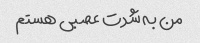
من به شدت عصبی هستم